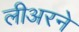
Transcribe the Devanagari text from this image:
लीअरने